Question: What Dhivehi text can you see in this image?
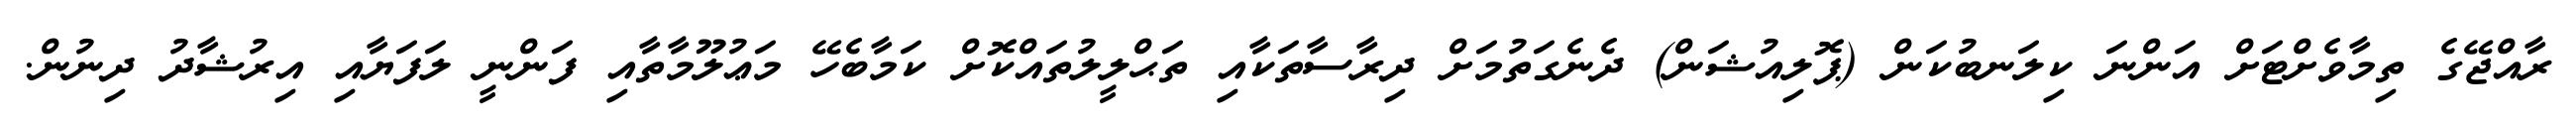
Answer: ރާއްޖޭގެ ތިމާވެށްޓަށް އަންނަ ކިލަނބުކަން (ޕޮލިއުޝަން) ދެނެގަތުމަށް ދިރާސާތަކާއި ތަޙްލީލުތައްކޮށް ކަމާބެހޭ މަޢުލޫމާތާއި ފަންނީ ލަފަޔާއި އިރުޝާދު ދިނުން.